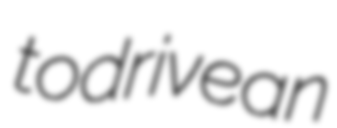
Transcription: to drive an